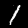
Label: 1